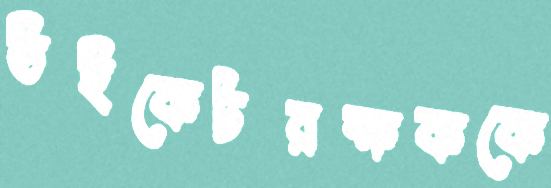
উইকেটরক্ষককে